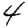
Digit: 4